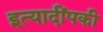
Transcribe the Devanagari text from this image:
इत्यादींपकी